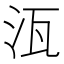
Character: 𭯽